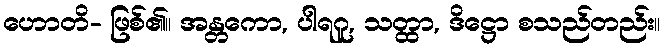
ဟောတိ- ဖြစ်၏။ အန္တကော, ပါရဂူ, သတ္ထာ, ဒိဋ္ဌော စသည်တည်း။